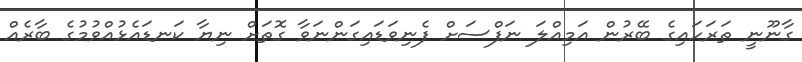
ގާނޫނީ ތަރަހައިގެ ބޭރުން އަމިއްލަ ނަފްސަށް ފެނިވަޑައިގަންނަވާ ގޮތަށް ނިޔާ ކަނޑައެޅުއްވުމުގެ ބާރެއް